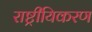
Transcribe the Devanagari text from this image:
राष्ट्रीयिकरण